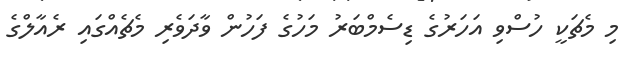
މި މެޗަކީ ހުސްވި އަހަރުގެ ޑިސެމްބަރު މަހުގެ ފަހުން ވާދަވެރި މެޗެއްގައި ރެއާލްގެ